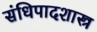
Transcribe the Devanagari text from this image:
संधिपादशास्त्र